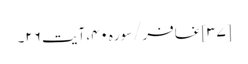
[۳۷] غافر/سوره۴۰، آیت ۲۶۔